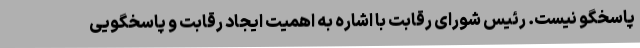
پاسخگو نیست. رئیس شورای رقابت با اشاره به اهمیت ایجاد رقابت و پاسخگویی